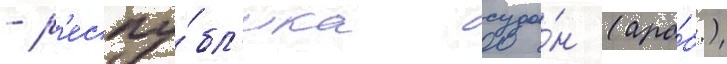
- р'еспу́бл'ика суда́н (ара́б.)